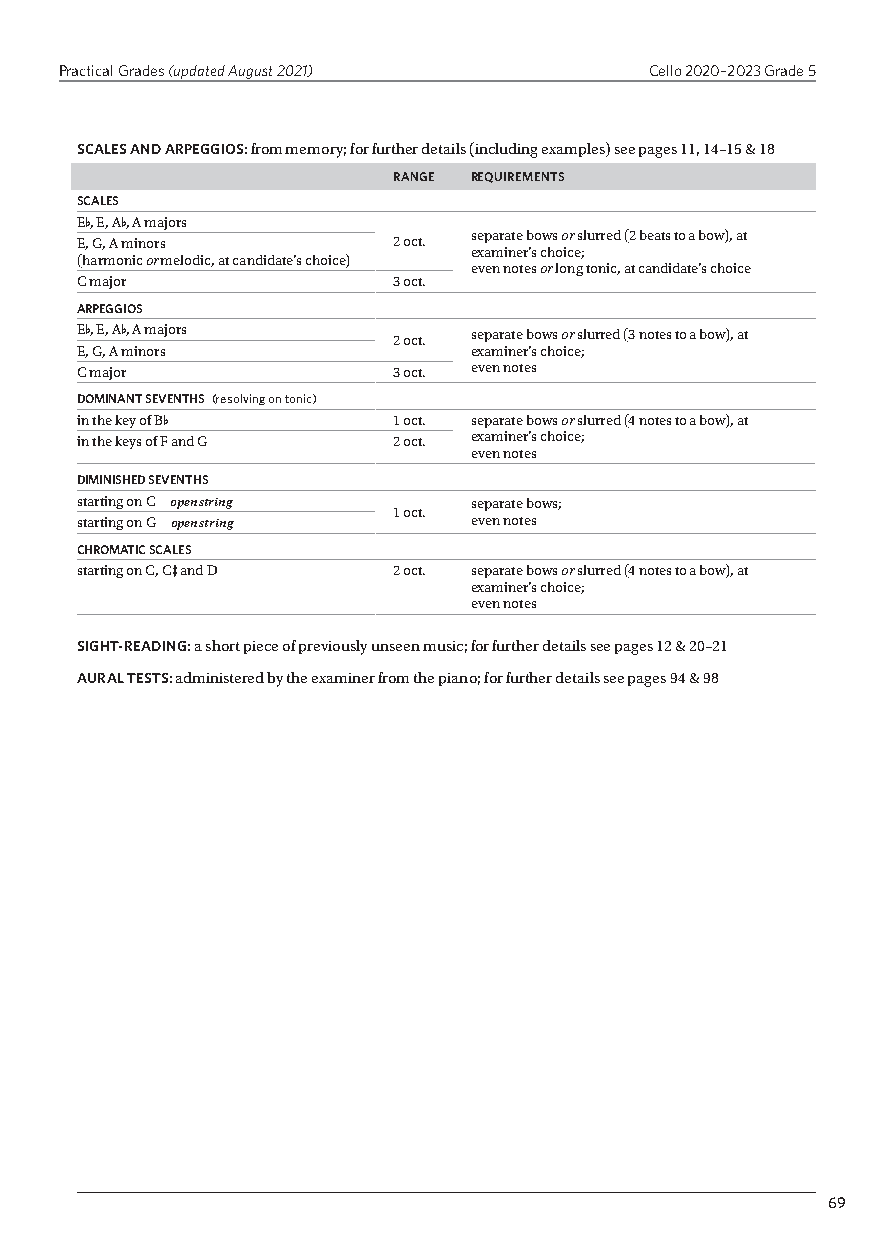
Practical Grades (updated August 2021) Cello 2020–2023 Grade 5
 SCALES AND ARPEGGIOS: from memory; for further details (including examples) see pages 11, 14–15 & 18
 RANGE REQUIREMENTS
 SCALES
 E-, E, A-, A majors
 E, G, A minors       2 oct. separate bows or slurred (2 beats to a bow), at
 examiner’s choice;
 (harmonic or melodic, at candidate’s choice)
 even notes or long tonic, at candidate’s choice
 C major              3 oct.
 ARPEGGIOS
 E-, E, A-, A majors  2 oct. separate bows or slurred (3 notes to a bow), at
 E, G, A minors            examiner’s choice;
 C major              3 oct. even notes
 DOMINANT SEVENTHS (resolving on tonic)
 in the key of B-     1 oct. separate bows or slurred (4 notes to a bow), at
 in the keys of F and G 2 oct. examiner’s choice;
 even notes
 DIMINISHED SEVENTHS
 starting on C open string separate bows;
 1 oct.
 starting on G open string even notes
 CHROMATIC SCALES
 starting on C, C+ and D 2 oct. separate bows or slurred (4 notes to a bow), at
 examiner’s choice;
 even notes
 SIGHT-READING: a short piece of previously unseen music; for further details see pages 12 & 20–21
 AURAL TESTS: administered by the examiner from the piano; for further details see pages 94 & 98
 69